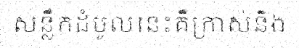
សន្លឹកដំបូលនេះគឺក្រាស់និង